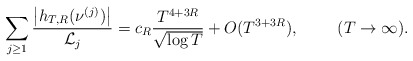
\begin{align*} \sum \limits_{j \geq 1} \frac{ \left|h_{T,R}(\nu^{(j)})\right|}{\mathcal{L}_j} = c_R \frac{T^{4+3R}}{\sqrt{\log T}} + O(T^{3+3R}), \ \ \ \ \ \ \ (T \rightarrow \infty). \end{align*}